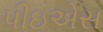
પીઇએસ